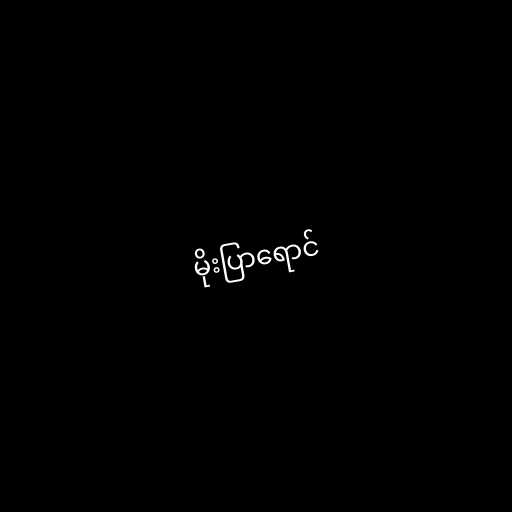
မိုးပြာရောင်